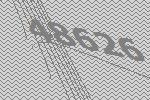
48626